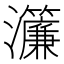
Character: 𤅄